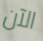
الآن